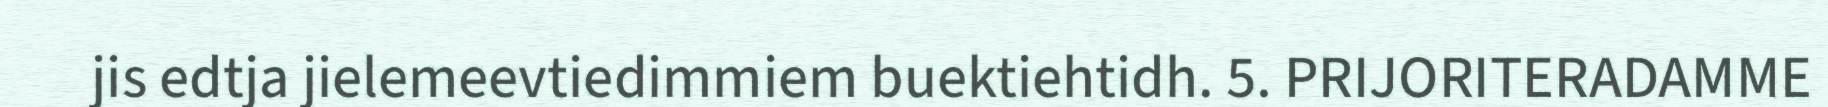
jis edtja jielemeevtiedimmiem buektiehtidh. 5. PRIJORITERADAMME